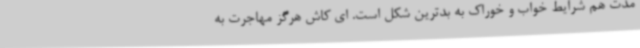
مدت هم شرایط خواب و خوراک به بدترین شکل است. ای کاش هرگز مهاجرت به